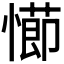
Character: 𭞖